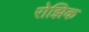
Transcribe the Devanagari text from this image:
रोझिक